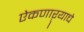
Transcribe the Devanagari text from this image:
ऐकणाऱ्याचे